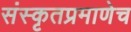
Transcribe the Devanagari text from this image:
संस्कृतप्रमाणेच